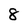
Character: 8